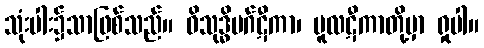
သုံးပါး၌သာဖြစ်သည်။ ဝိသုဒ္ဓိမဂ်ဋီကာ၊ မူလဋီကာတို့မှာ ရှုပါ။